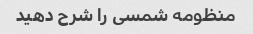
منظومه شمسی را شرح دهید